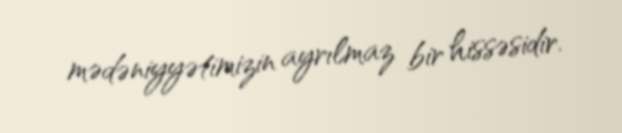
mədəniyyətimizin ayrılmaz bir hissəsidir.